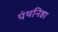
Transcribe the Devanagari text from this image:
पंथनिष्ठा